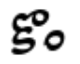
కొం